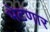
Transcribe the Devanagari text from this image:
भेटणार